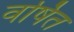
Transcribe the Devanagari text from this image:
वर्षित